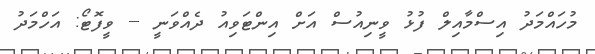
މުހައްމަދު އިސްމާއިލް ފުޅު ވީނިއުސް އަށް އިންޓަވިއު ދެއްވަނީ -- ވީފޮޓޯ: އަހްމަދު